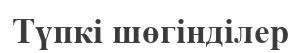
Түпкі шөгінділер